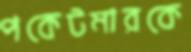
পকেটমারকে